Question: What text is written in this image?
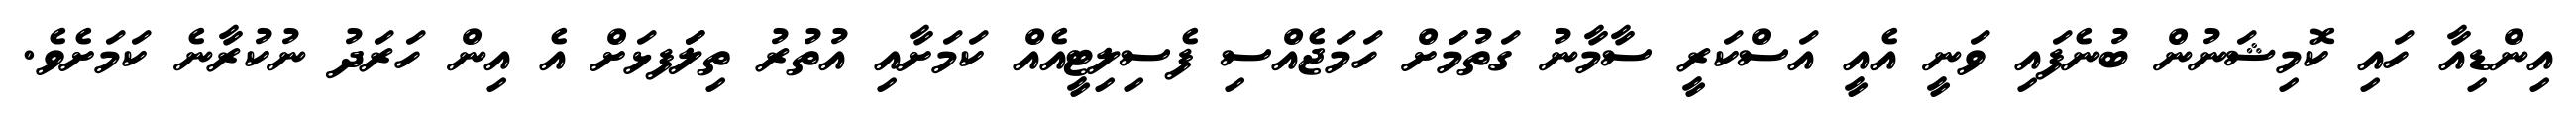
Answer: އިންޑިއާ ހައި ކޮމިޝަނުން ބުނެފައި ވަނީ އެއީ އަސްކަރީ ސާމާނު ގަތުމަަށް ހަމަޖެއްސި ފެސިލިޓީއެއް ކަމަށާއި އުތުރު ތިލަަފޅަށް އެ އިން ހަރަދު ނުކުރާނެ ކަމަށެވެ.